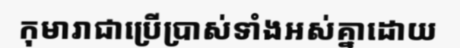
កុមារាជាប្រើប្រាស់ទាំងអស់គ្នាដោយ